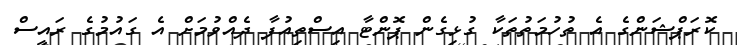
ކޮރަޕްޝަންގެ އެ ތުހުމަތުތަކާ ގުޅިގެން ޕޮންޓާ އިސްތިއުފާ ދެއްވުމަށް އެ ގައުމުގެ ރައީސް